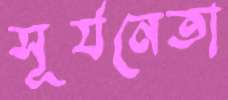
সূর্যনেতা